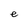
Character: e